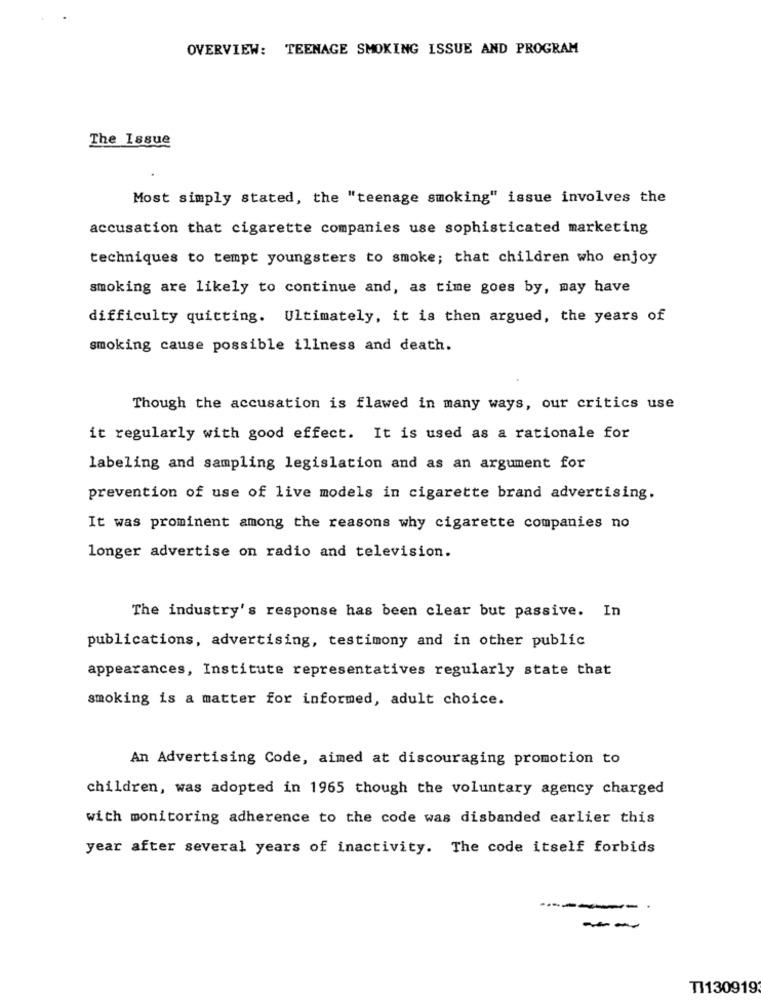
OVERVIEW: TEENAGE SMOKING ISSUE AND PROGRAM
The Issue
Most simply stated, the "teenage smoking" issue involves the
accusation that cigarette companies use sophisticated marketing
techniques to tempt youngsters to smoke; that children who enjoy
smoking are likely to continue and, as time goes by, may have
difficulty quitting. Ultimately, it is then argued, the years of
smoking cause possible illness and death.
Though the accusation is flawed in many ways, our critics use
it regularly with good effect. It is used as a rationale for
labeling and sampling legislation and as an argument for
prevention of use of live models in cigarette brand advertising.
It was prominent among the reasons why cigarette companies no
longer advertise on radio and television.
The industry's response has been clear but passive. In
publications, advertising, testimony and in other public
appearances, Institute representatives regularly state that
smoking is a matter for informed, adult choice.
An Advertising Code, aimed at discouraging promotion to
children, was adopted in 1965 though the voluntary agency charged
with monitoring adherence to the code was disbanded earlier this
year after several years of inactivity. The code itself forbids
--
T1130919